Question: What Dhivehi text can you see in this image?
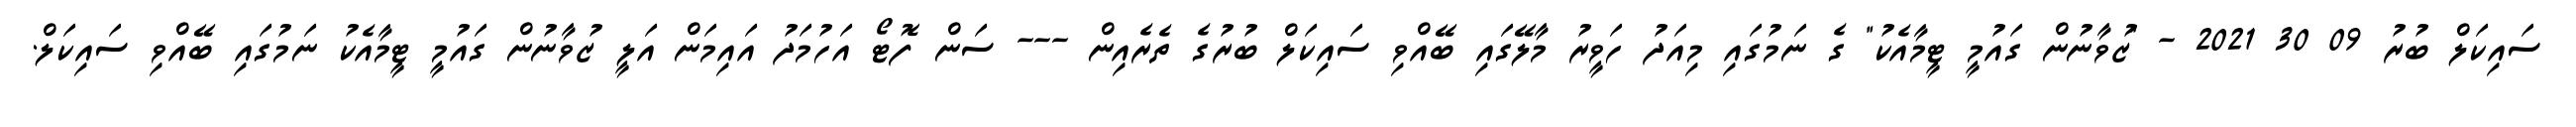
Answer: ސައިކަލް ބުރު 09 30 2021 - "ޒުވާނުން ގައުމީ ޓީމާއެކު" ގެ ނަމުގައި މިއަދު ހަވީރު މާލޭގައި ބޭއްވި ސައިކަލް ބުރުގެ ތެރެއިން --- ސަން ފޮޓޯ އަހުމަދު އައިމަން އަލީ ޒުވާނުން ގައުމީ ޓީމާއެކު ނަމުގައި ބޭއްވި ސައިކަލް.